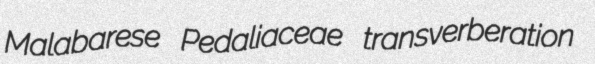
Malabarese Pedaliaceae transverberation